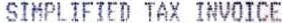
SIMPLIFIED TAX INVOICE